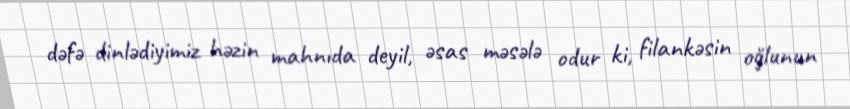
dəfə dinlədiyimiz həzin mahnıda deyil, əsas məsələ odur ki, filankəsin oğlunun